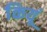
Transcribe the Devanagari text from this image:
कियूं